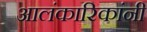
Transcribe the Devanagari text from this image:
आलंकारिकांनी